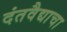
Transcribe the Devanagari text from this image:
दंतवैद्याचा